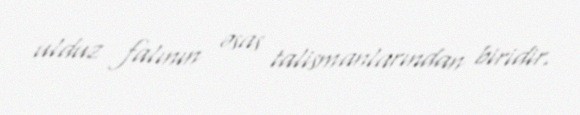
ulduz falının əsas talismanlarından biridir.